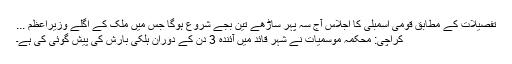
تفصیلات کے مطابق قومی اسمبلی کا اجلاس آج سہ پہر ساڑھے تین بجے شروع ہوگا جس میں ملک کے اگلے وزیراعظم ...
کراچی: محکمہ موسمیات نے شہر قائد میں آئندہ 3 دن کے دوران ہلکی بارش کی پیش گوئی کی ہے۔